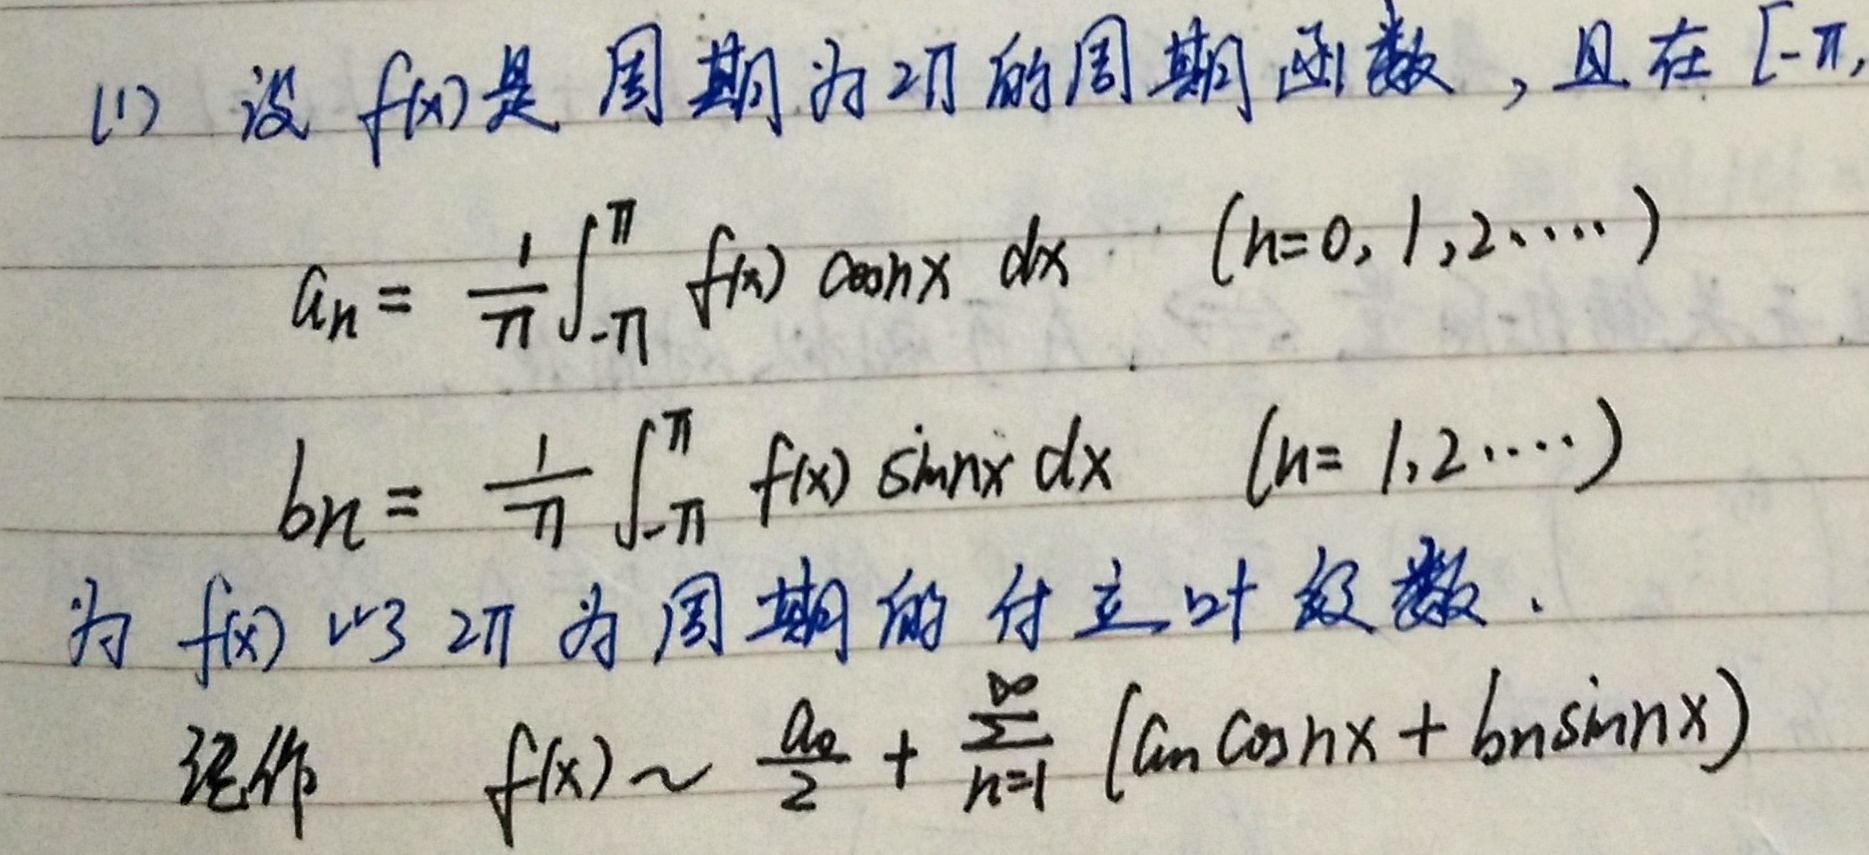
(1) 设$f(x)$是周期为$2\pi$的周期函数，且在$[-\pi,\pi]$上，
\[a_{n}=\frac{1}{\pi}\int_{-\pi}^{\pi}f(x)\cos nx\mathrm{d}x\quad(n = 0,1,2,\cdots)\]
\[b_{n}=\frac{1}{\pi}\int_{-\pi}^{\pi}f(x)\sin nx\mathrm{d}x\quad(n = 1,2,\cdots)\]
为$f(x)$以$2\pi$为周期的傅立叶级数。记作
\[f(x)\sim\frac{a_{0}}{2}+\sum_{n = 1}^{\infty}(a_{n}\cos nx + b_{n}\sin nx)\]